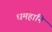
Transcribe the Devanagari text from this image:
धर्महानि